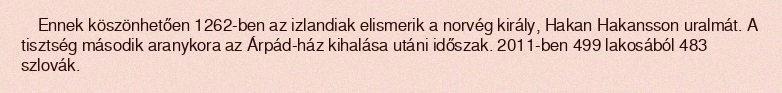
Ennek köszönhetően 1262-ben az izlandiak elismerik a norvég király, Hakan Hakansson uralmát. A tisztség második aranykora az Árpád-ház kihalása utáni időszak. 2011-ben 499 lakosából 483 szlovák.